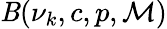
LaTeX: \mathit{B}(\nu_{k},c,p,\mathcal{{M}})